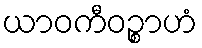
ယာဝကီဝဉ္စာဟံ